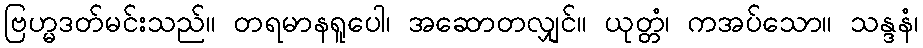
ဗြဟ္မဒတ်မင်းသည်။ တရမာနရူပေါ၊ အဆောတလျှင်။ ယုတ္တံ၊ ကအပ်သော။ သန္ဒနံ၊